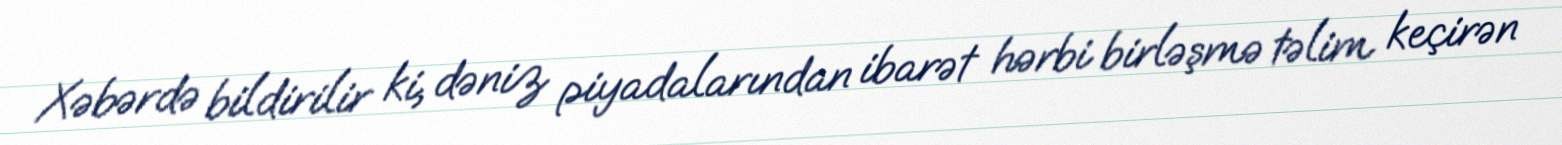
Xəbərdə bildirilir ki, dəniz piyadalarından ibarət hərbi birləşmə təlim keçirən